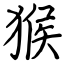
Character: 猴